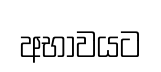
අභාවයට